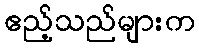
ဧည့်သည်များက